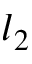
l _ { 2 }